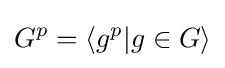
G^{p}=\langle g^{p}|g\in G\rangle